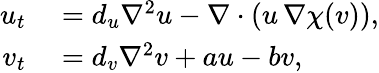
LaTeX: \begin{array}{rl}{u_{t}}&{{}=d_{u}\nabla^{2}u-\nabla\cdot\left(u\, \nabla\chi(v)\right),}\\ {v_{t}}&{{}=d_{v}\nabla^{2}v+au-bv,}\end{array}